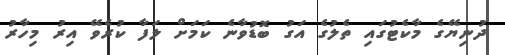
ދުނިޔޭގެ މާކެޓުގައި ތެލުގެ އަގު ބޮޑުވާނެ ކަމަށް ލަފާ ކުރެވޭ އިރު މިހާރު